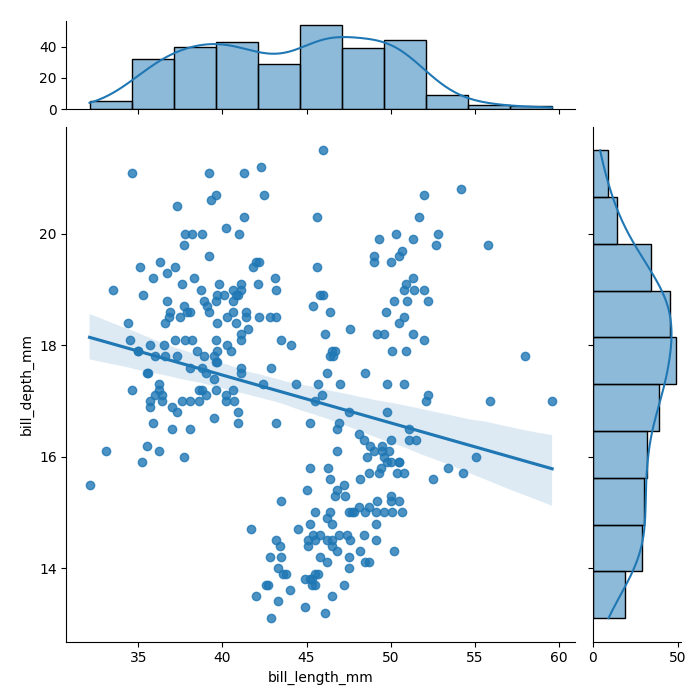
python, seaborn, jointplot, kind='reg', height='7', ratio='5', marginal_ticks='True'